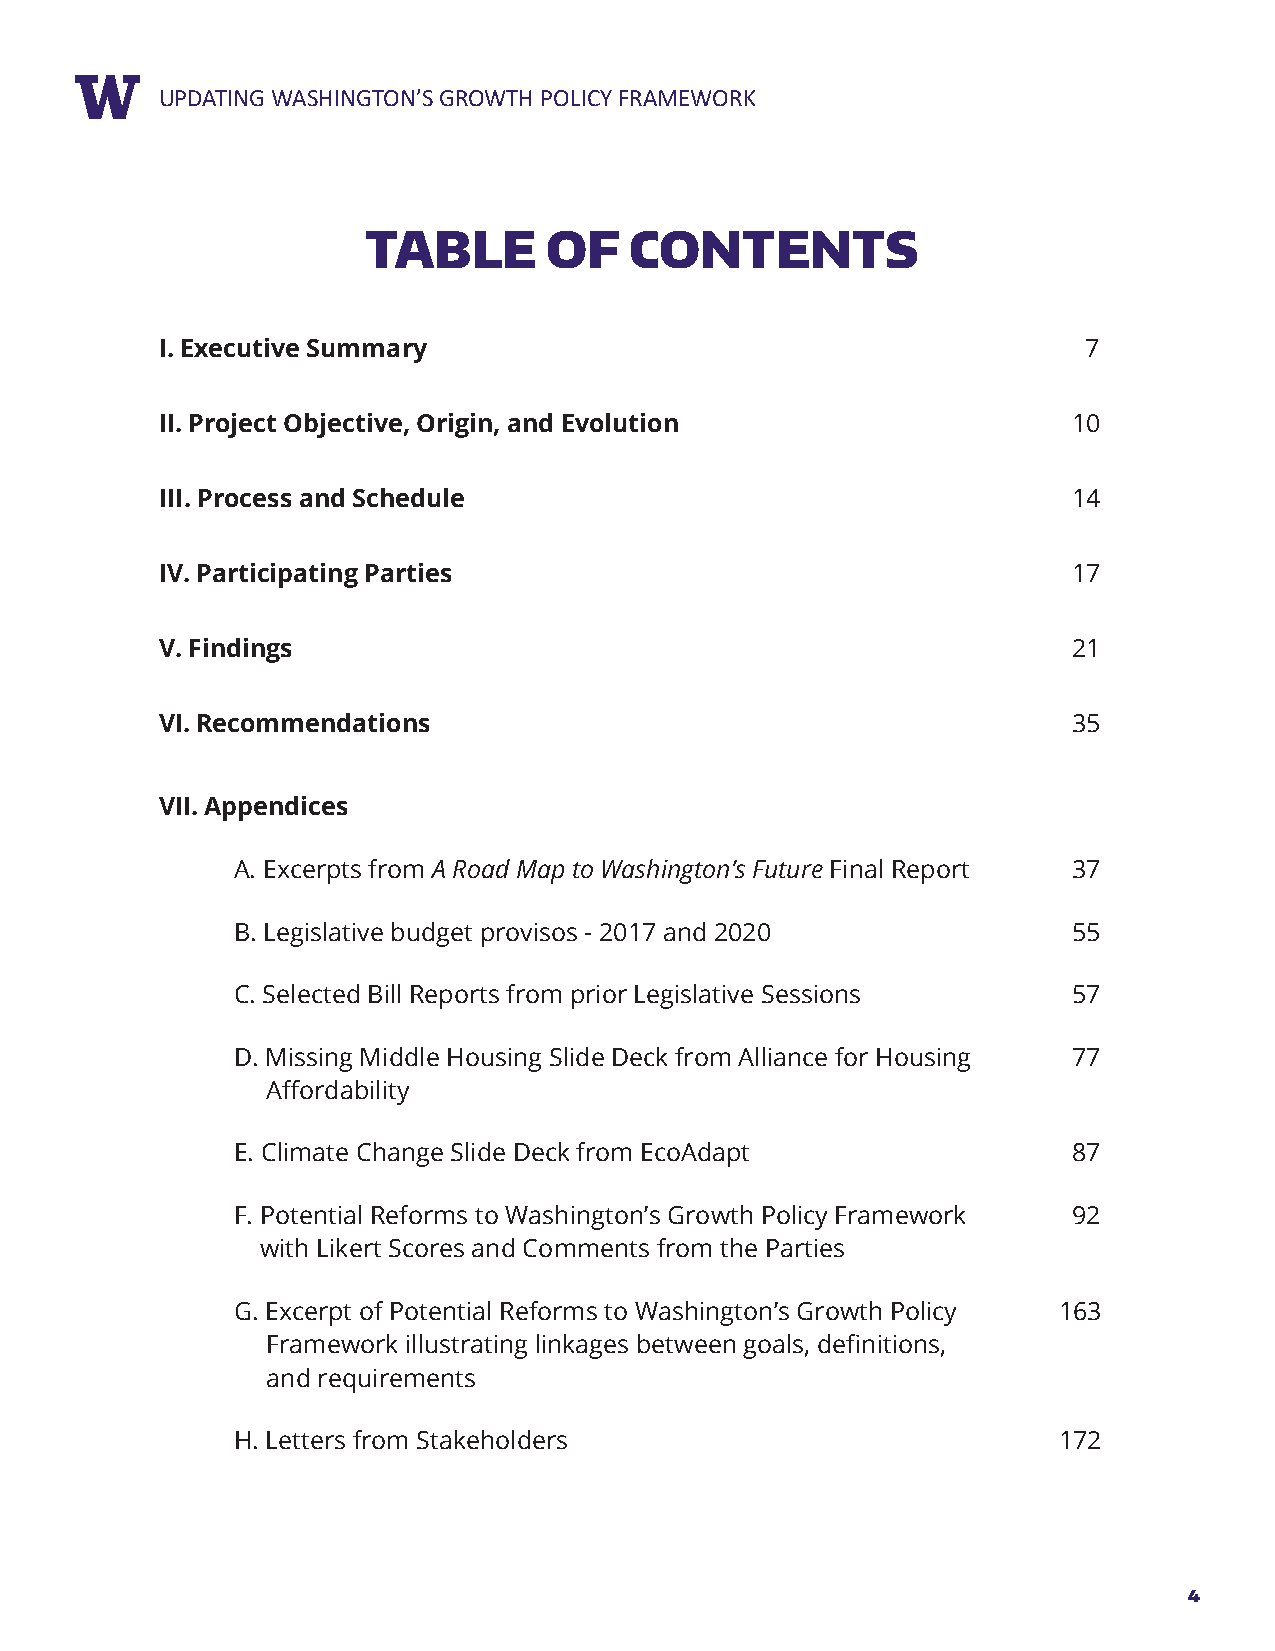
RUEPPDOARTTIN TGIT WLEASHINGTON’S GROWTH POLICY FRAMEWORK
 TABLE       OF    CONTENTS
 I. Executive Summary                                         7
 II. Project Objective, Origin, and Evolution                10
 III. Process and Schedule                                   14
 IV. Participating Parties                                   17
 V. Findings                                                 21
 VI. Recommendations                                         35
 VII. Appendices
 A. Excerpts from A Road Map to Washington’s Future Final Report 37
 B. Legislative budget provisos - 2017 and 2020          55
 C. Selected Bill Reports from prior Legislative Sessions 57
 D. Missing Middle Housing Slide Deck from Alliance for Housing 77
 Affordability
 E. Climate Change Slide Deck from EcoAdapt              87
 F. Potential Reforms to Washington’s Growth Policy Framework 92
 with Likert Scores and Comments from the Parties
 G. Excerpt of Potential Reforms to Washington’s Growth Policy 163
 Framework illustrating linkages between goals, definitions,
 and requirements
 H. Letters from Stakeholders                           172
 4